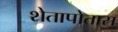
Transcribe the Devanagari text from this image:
शेतापोतास